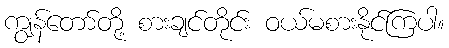
ကျွန်တော်တို့ စားချင်တိုင်း ဝယ်မစားနိုင်ကြပါ။